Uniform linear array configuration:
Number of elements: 32
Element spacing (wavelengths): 0.25
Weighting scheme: cosine
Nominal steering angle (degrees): -15
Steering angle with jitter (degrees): -15.395
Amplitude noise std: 0.05
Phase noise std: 0.05

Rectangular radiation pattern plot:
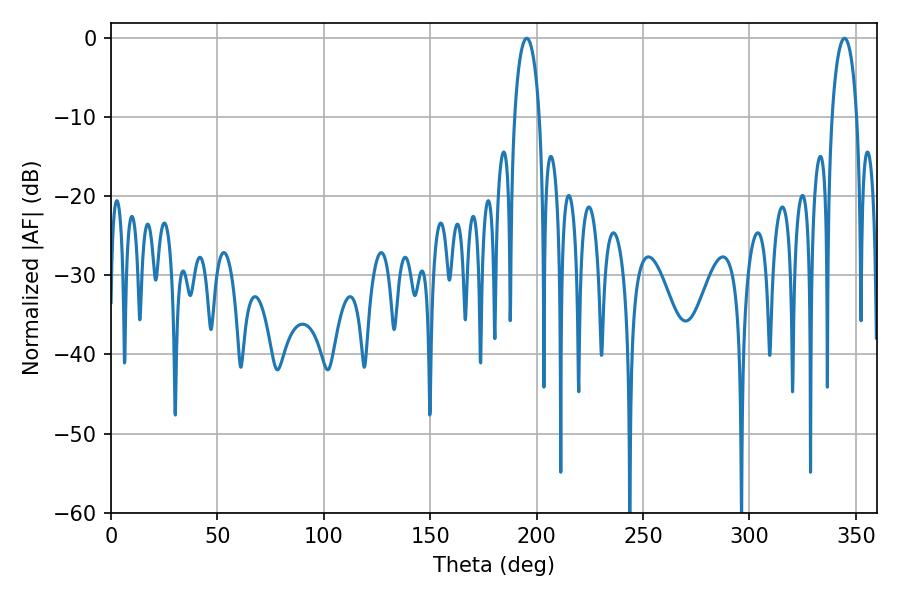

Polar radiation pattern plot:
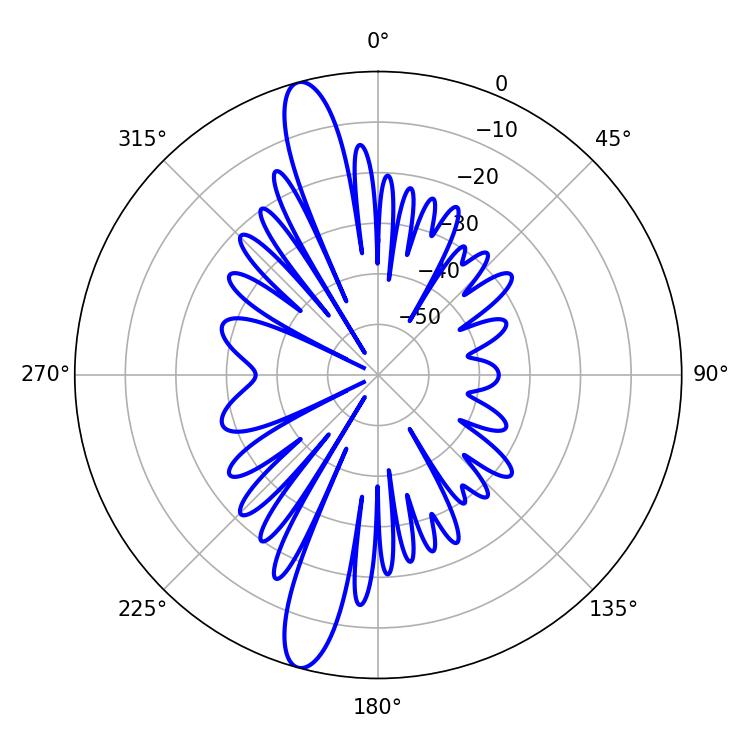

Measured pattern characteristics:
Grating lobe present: FALSE
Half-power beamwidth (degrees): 6.66
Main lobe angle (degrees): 195.3